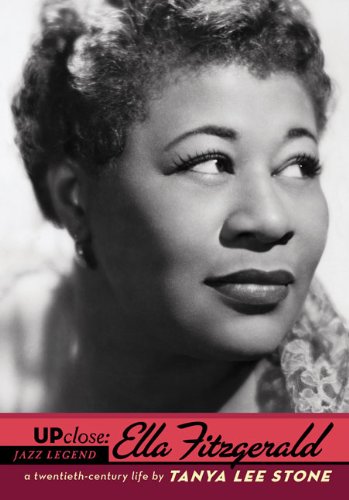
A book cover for Ella Fitzgerald (Up Close); Tanya Lee Stone; Teen & Young Adult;